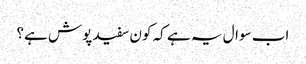
اب سوال یہ ہے کہ کون سفید پوش ہے؟